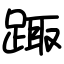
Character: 踙